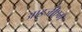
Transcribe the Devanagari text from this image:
आइजीएम